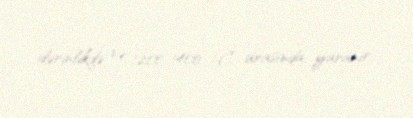
dərinlikdə və 1200-1400 °C arasında yaranır.